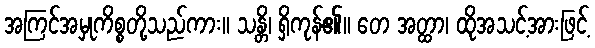
အကြင်အမှုကိစ္စတို့သည်ကား။ သန္တိ၊ ရှိကုန်၏။ တေ အတ္ထာ၊ ထိုအသင့်အားဖြင့်